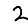
Digit: 2